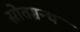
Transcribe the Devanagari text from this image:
स्रोतग्रन्थ